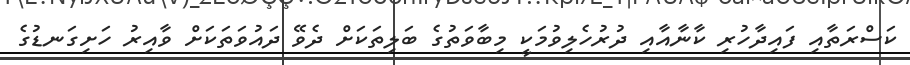
ކަސްރަތާއި ފައިދާހުރި ކާނާއާއި ދުރުހެލިވުމަކީ މިބާވަތުގެ ބަލިތަކަށް ދެވޭ ދައުވަތަކަށް ވާއިރު ހަށިގަނޑުގެ